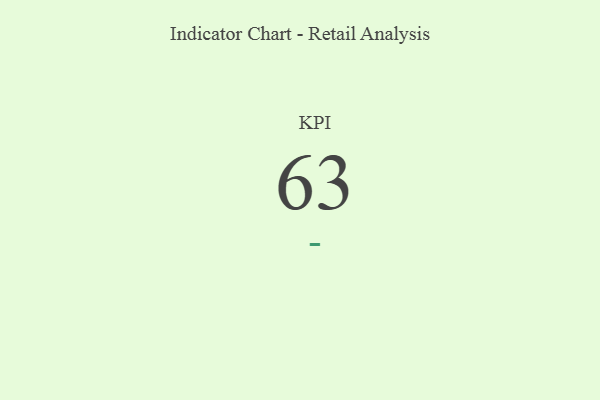
{"axis": {"x": "KPI", "y": "Value"}, "legend": [""], "data": [{"x": "KPI", "y": 63, "type": ""}]}